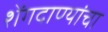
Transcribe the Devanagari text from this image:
शेंगदाण्यांचा